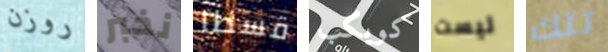
روزن نخبر قسطا كويكب ليست تلك